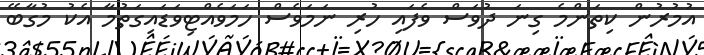
އުމުރުން ކިތަންމެ ގިނަ ދުވަސް ވެފައި ހުރި ނަމަވެސް ހަމަވެއްޓިވަޑައިގަތުމާ އެކު މުގާބޭ